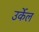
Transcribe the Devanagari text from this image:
उर्केल